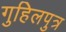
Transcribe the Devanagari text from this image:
गुहिलपुत्र